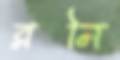
রনি